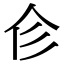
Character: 𢒃